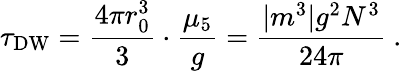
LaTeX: \tau_{\mathrm{DW}}=\frac{4\pi r_{0}^{3}}{3}\cdot\frac{\mu_{5}}{g}=\frac{|m^{3}|g^{2}N^{3}}{24\pi}\ .